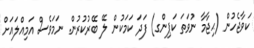
ކަވާޖެހުން (ޙިޖާމާ ނުވަތަ ކަޕިންގ) ފަދަ ކަމަކުން ލޭ ބޭރުކުރުން. ނަމަވެސް އަމިއްލައަށް